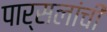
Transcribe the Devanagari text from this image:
पार्सलांची